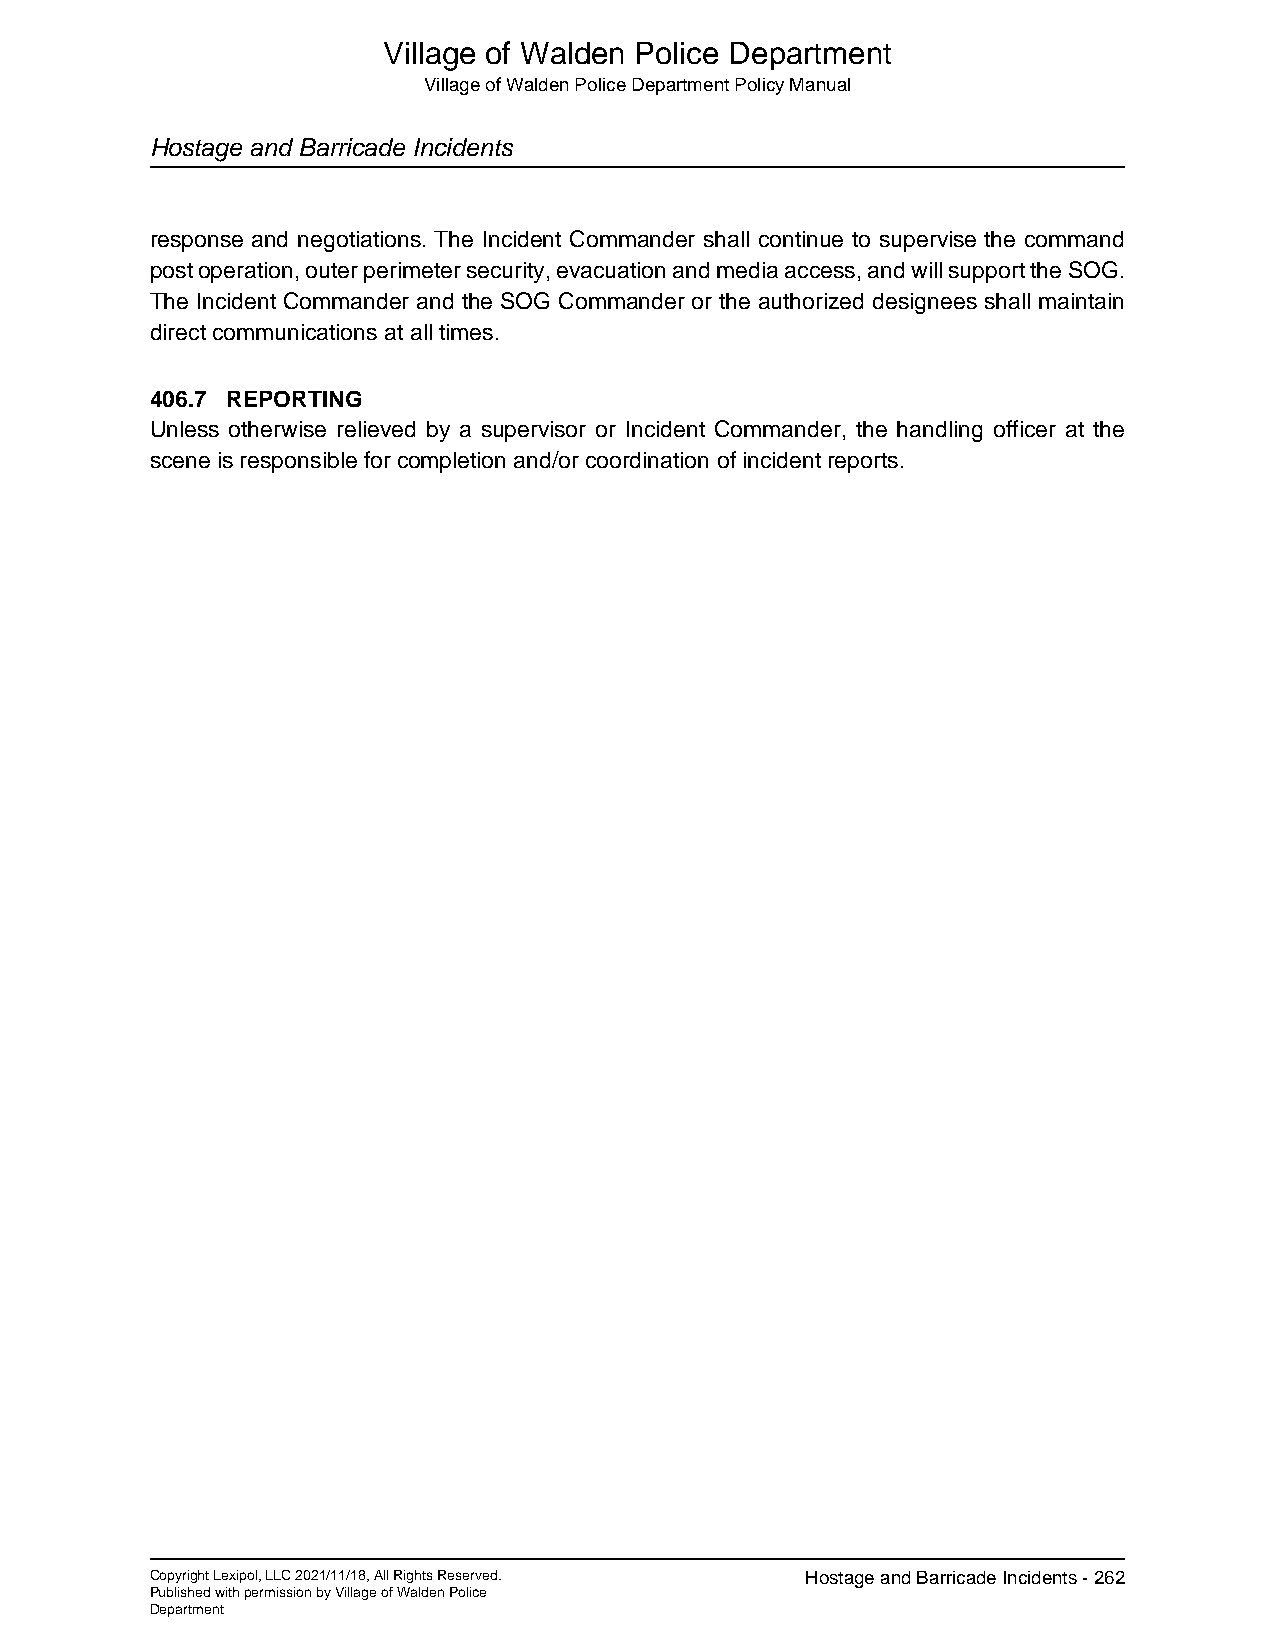
Village of Walden Police Department
 Village of Walden Police Department Policy Manual
 Hostage and Barricade Incidents
 response and negotiations. The Incident Commander shall continue to supervise the command
 post operation, outer perimeter security, evacuation and media access, and will support the SOG.
 The Incident Commander and the SOG Commander or the authorized designees shall maintain
 direct communications at all times.
 406.7 REPORTING
 Unless otherwise relieved by a supervisor or Incident Commander, the handling officer at the
 scene is responsible for completion and/or coordination of incident reports.
 Copyright Lexipol, LLC 2021/11/18, All Rights Reserved. Hostage and Barricade Incidents - 262
 Published with permission by Village of Walden Police
 Department